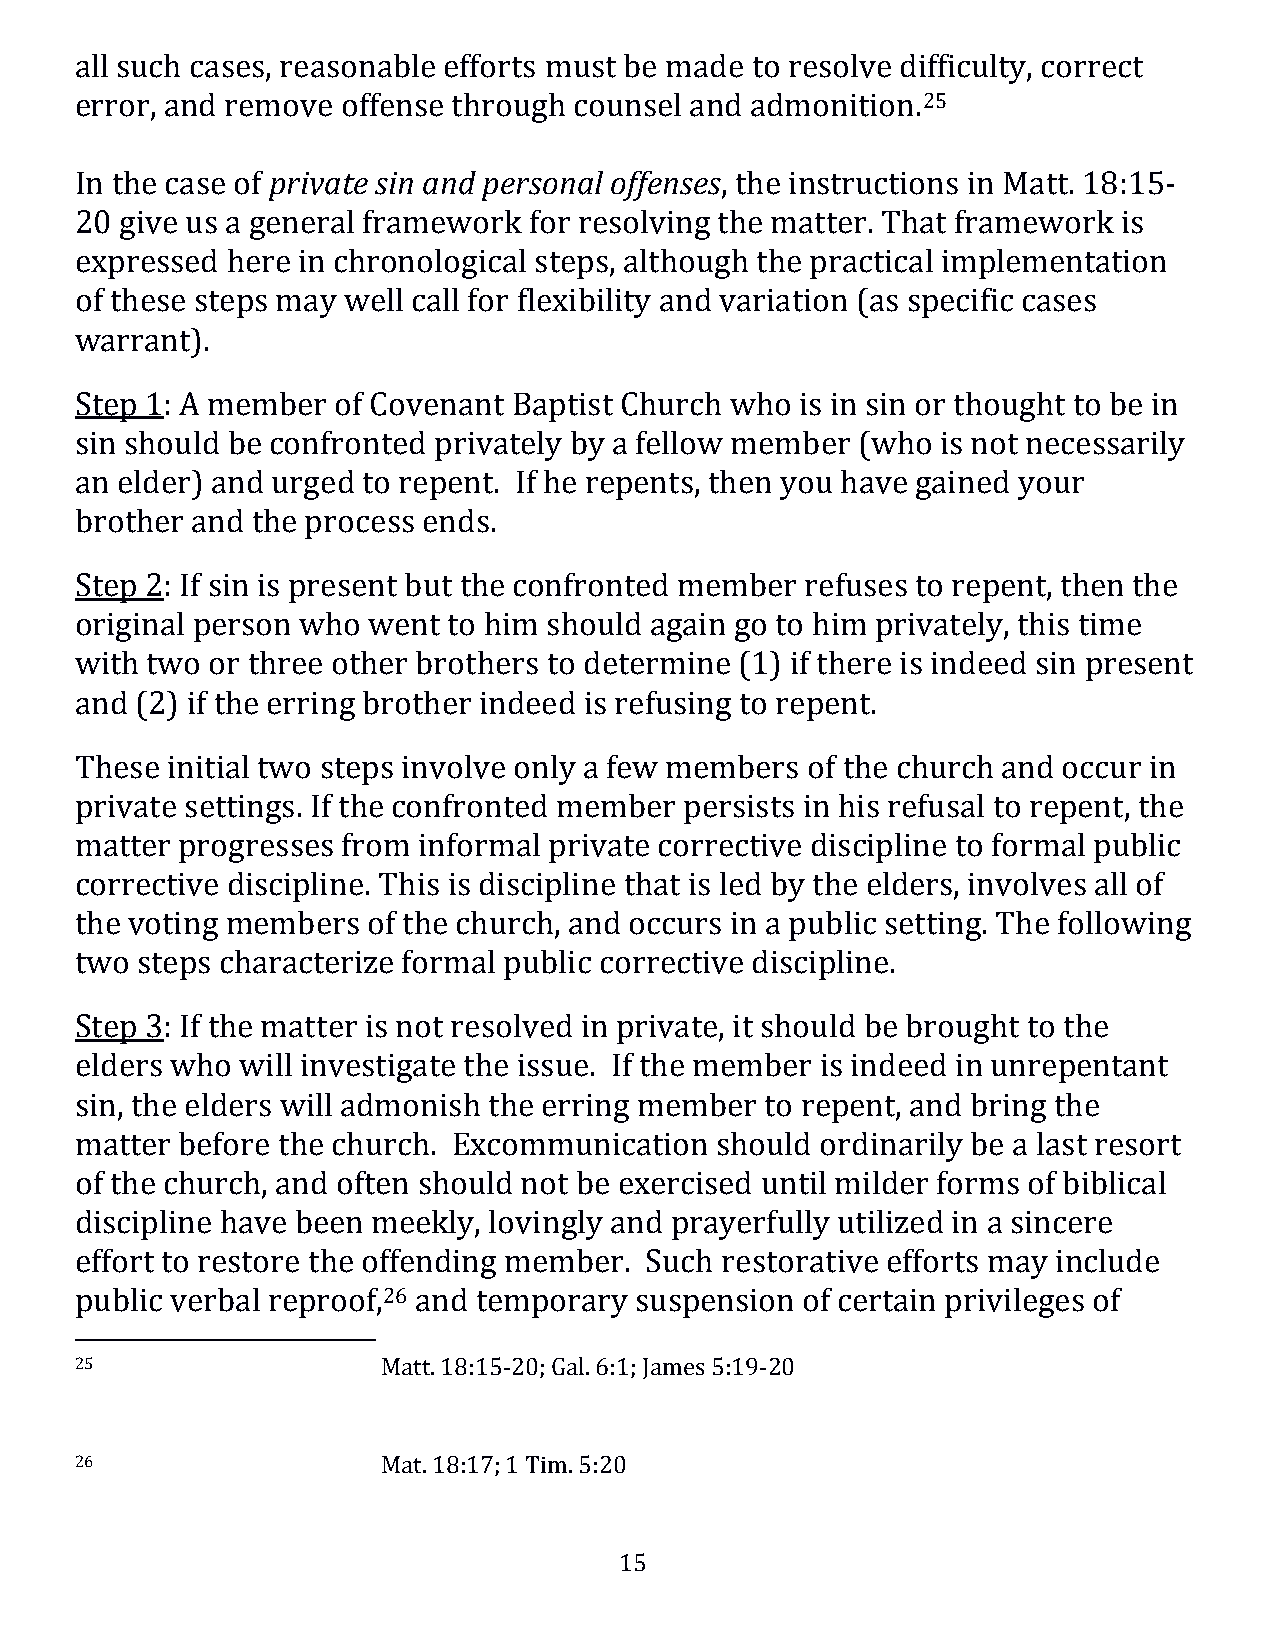
all such cases, reasonable efforts must be made to resolve difficulty, correct
 error, and remove offense through counsel and admonition.25
 In the case of private sin and personal offenses, the instructions in Matt. 18:15-
 20 give us a general framework for resolving the matter. That framework is
 expressed here in chronological steps, although the practical implementation
 of these steps may well call for flexibility and variation (as specific cases
 warrant).
 Step 1: A member of Covenant Baptist Church who is in sin or thought to be in
 sin should be confronted privately by a fellow member (who is not necessarily
 an elder) and urged to repent. If he repents, then you have gained your
 brother and the process ends.
 Step 2: If sin is present but the confronted member refuses to repent, then the
 original person who went to him should again go to him privately, this time
 with two or three other brothers to determine (1) if there is indeed sin present
 and (2) if the erring brother indeed is refusing to repent.
 These initial two steps involve only a few members of the church and occur in
 private settings. If the confronted member persists in his refusal to repent, the
 matter progresses from informal private corrective discipline to formal public
 corrective discipline. This is discipline that is led by the elders, involves all of
 the voting members of the church, and occurs in a public setting. The following
 two steps characterize formal public corrective discipline.
 Step 3: If the matter is not resolved in private, it should be brought to the
 elders who will investigate the issue. If the member is indeed in unrepentant
 sin, the elders will admonish the erring member to repent, and bring the
 matter before the church. Excommunication should ordinarily be a last resort
 of the church, and often should not be exercised until milder forms of biblical
 discipline have been meekly, lovingly and prayerfully utilized in a sincere
 effort to restore the offending member. Such restorative efforts may include
 public verbal reproof,26 and temporary suspension of certain privileges of
 25                  Matt. 18:15-20; Gal. 6:1; James 5:19-20
 26                  Mat. 18:17; 1 Tim. 5:20
 15